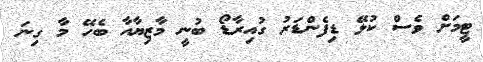
ޓީމަށް ވެސް ކުޅޭ ޑިފެންޑަރު ގުއިރާޑޯ ބުނީ މާޒިޔާއާ ބެހޭ މާ ގިނަ